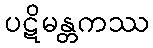
ပဋိမန္တကဿ